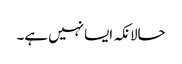
حالانکہ ایسا نہیں ہے۔